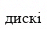
дискі